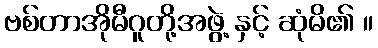
ဗစ်တာအိုမီဂူတို့အဖွဲ့ နှင့် ဆုံမိ၏ ။